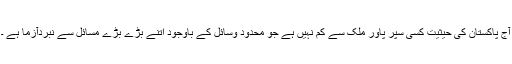
آج پاکستان کی حیثیت کسی سپر پاور ملک سے کم نہیں ہے جو محدود وسائل کے باوجود اتنے بڑے بڑے مسائل سے نبردآزما ہے ۔